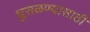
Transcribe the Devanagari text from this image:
घुसळण्यासाठी